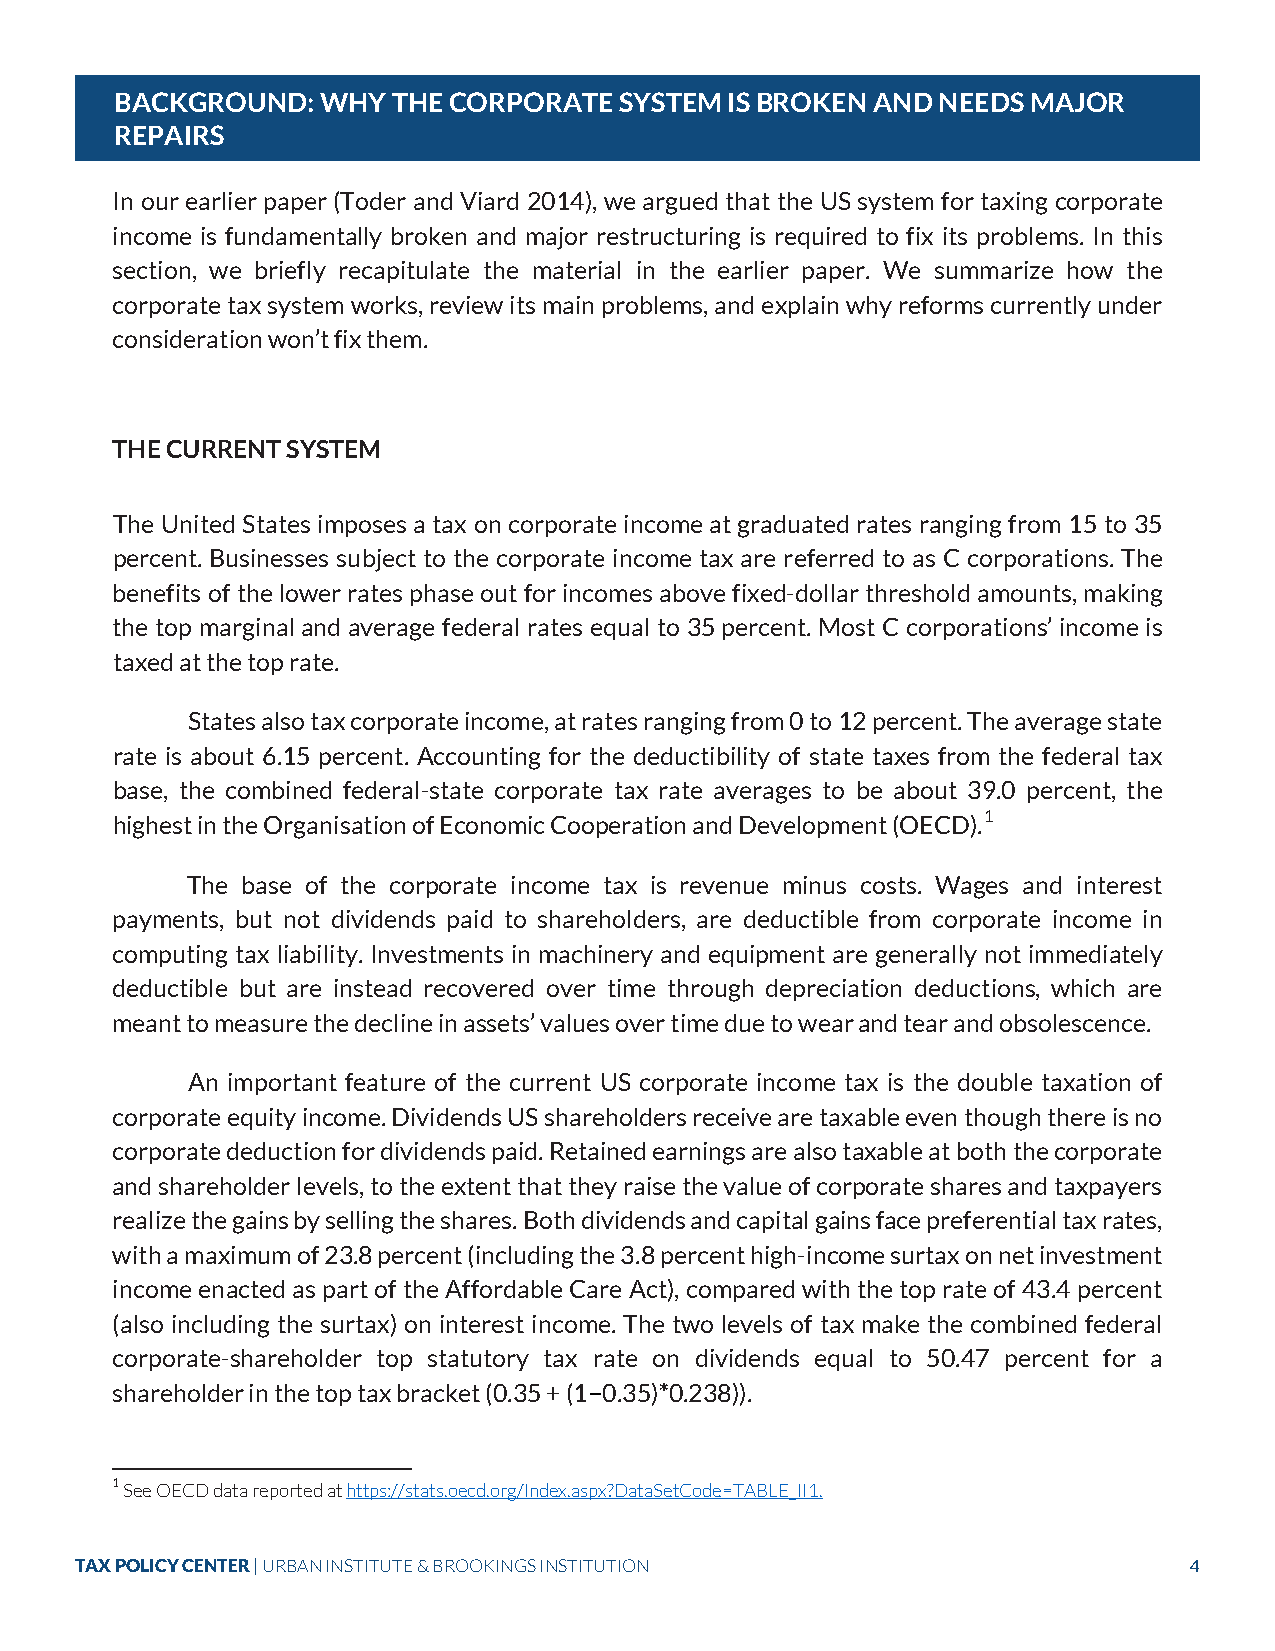
BACKGROUND:  WHY  THE CORPORATE  SYSTEM IS BROKEN AND NEEDS MAJOR
 REPAIRS
 In our earlier paper (Toder and Viard 2014), we argued that the US system for taxing corporate
 income is fundamentally broken and major restructuring is required to fix its problems. In this
 section, we briefly recapitulate the material in the earlier paper. We summarize how the
 corporate tax system works, review its main problems, and explain why reforms currently under
 consideration won’t fix them.
 THE CURRENT SYSTEM
 The United States imposes a tax on corporate income at graduated rates ranging from 15 to 35
 percent. Businesses subject to the corporate income tax are referred to as C corporations. The
 benefits of the lower rates phase out for incomes above fixed-dollar threshold amounts, making
 the top marginal and average federal rates equal to 35 percent. Most C corporations’ income is
 taxed at the top rate.
 States also tax corporate income, at rates ranging from 0 to 12 percent. The average state
 rate is about 6.15 percent. Accounting for the deductibility of state taxes from the federal tax
 base, the combined federal-state corporate tax rate averages to be about 39.0 percent, the
 highest in the Organisation of Economic Cooperation and Development (OECD).1
 The base of the corporate income tax is revenue minus costs. Wages and interest
 payments, but not dividends paid to shareholders, are deductible from corporate income in
 computing tax liability. Investments in machinery and equipment are generally not immediately
 deductible but are instead recovered over time through depreciation deductions, which are
 meant to measure the decline in assets’ values over time due to wear and tear and obsolescence.
 An important feature of the current US corporate income tax is the double taxation of
 corporate equity income. Dividends US shareholders receive are taxable even though there is no
 corporate deduction for dividends paid. Retained earnings are also taxable at both the corporate
 and shareholder levels, to the extent that they raise the value of corporate shares and taxpayers
 realize the gains by selling the shares. Both dividends and capital gains face preferential tax rates,
 with a maximum of 23.8 percent (including the 3.8 percent high-income surtax on net investment
 income enacted as part of the Affordable Care Act), compared with the top rate of 43.4 percent
 (also including the surtax) on interest income. The two levels of tax make the combined federal
 corporate-shareholder top statutory tax rate on dividends equal to 50.47 percent for a
 shareholder in the top tax bracket (0.35 + (1−0.35)*0.238)).
 1 See OECD data reported at https://stats.oecd.org/Index.aspx?DataSetCode=TABLE_II1.
 TAX POLICY CENTER | URBAN INSTITUTE & BROOKINGS INSTITUTION               4